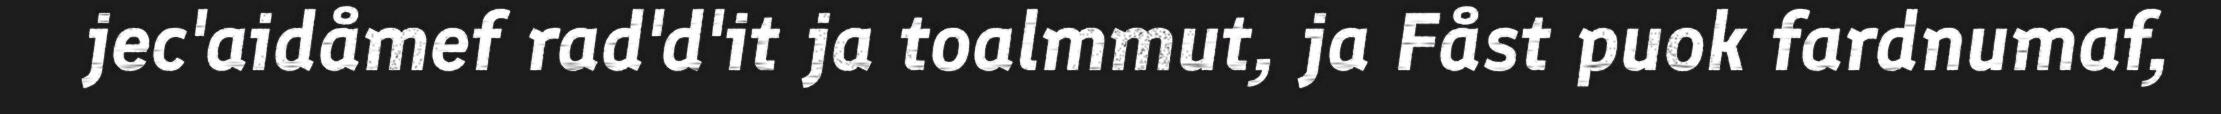
jec'aidåmef rad'd'it ja toalmmut, ja Fåst puok fardnumaf,